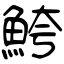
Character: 鮬